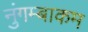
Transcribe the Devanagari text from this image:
नुंगम्बाकम